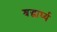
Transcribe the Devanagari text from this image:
श्रद्धार्घ्य